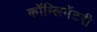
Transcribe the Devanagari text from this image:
कॉम्लिमेंटरी